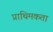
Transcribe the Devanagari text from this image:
प्राथिमकता